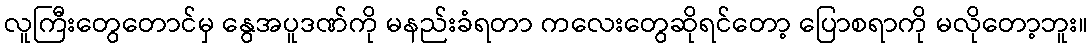
လူကြီးတွေတောင်မှ နွေအပူဒဏ်ကို မနည်းခံရတာ ကလေးတွေဆိုရင်တော့ ပြောစရာကို မလိုတော့ဘူး။